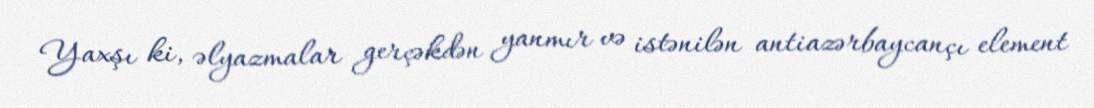
Yaxşı ki, əlyazmalar gerçəkdən yanmır və istənilən antiazərbaycançı element